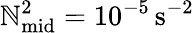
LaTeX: \mathbb{N}_{\mathrm{{mid}}}^{2}=10^{-5}\, \mathrm{{{s^{-2}}}}